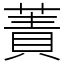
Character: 蔶